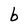
Character: b